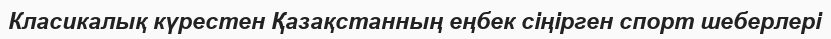
Класикалық күрестен Қазақстанның еңбек сіңірген спорт шеберлері